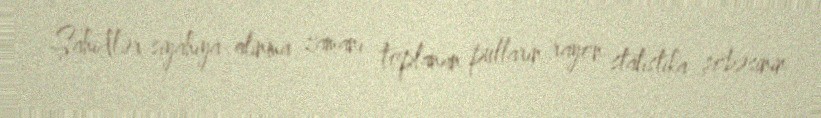
Şahidlər siyahıya alınma zamanı toplanan pulların rayon statistika şöbəsinin